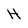
Character: H